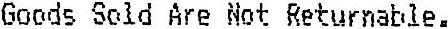
GOODS SOLD ARE NOT RETURNABLE.